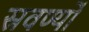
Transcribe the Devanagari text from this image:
स्रवर्ण्यो